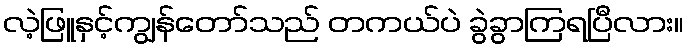
လဲ့ဖြူနှင့်ကျွန်တော်သည် တကယ်ပဲ ခွဲခွာကြရပြီလား။